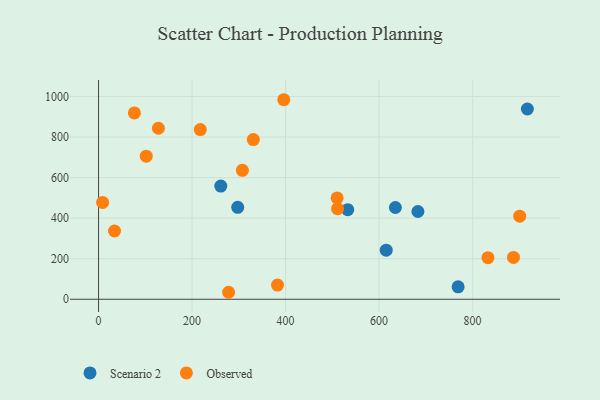
{"axis": {"x": "Speed", "y": "Rating"}, "legend": ["Observed", "Scenario 2"], "data": [{"x": "261.4", "y": 558.1, "type": "Scenario 2"}, {"x": "615.2", "y": 242.2, "type": "Scenario 2"}, {"x": "769.0", "y": 61.3, "type": "Scenario 2"}, {"x": "917.1", "y": 938.3, "type": "Scenario 2"}, {"x": "634.8", "y": 452.6, "type": "Scenario 2"}, {"x": "683.0", "y": 432.9, "type": "Scenario 2"}, {"x": "297.6", "y": 453.3, "type": "Scenario 2"}, {"x": "532.9", "y": 441.8, "type": "Scenario 2"}, {"x": "307.6", "y": 635.9, "type": "Observed"}, {"x": "278.1", "y": 34.4, "type": "Observed"}, {"x": "102.0", "y": 705.7, "type": "Observed"}, {"x": "382.7", "y": 69.7, "type": "Observed"}, {"x": "8.7", "y": 477.5, "type": "Observed"}, {"x": "510.2", "y": 500.0, "type": "Observed"}, {"x": "34.1", "y": 336.7, "type": "Observed"}, {"x": "217.6", "y": 836.8, "type": "Observed"}, {"x": "900.7", "y": 409.8, "type": "Observed"}, {"x": "76.6", "y": 919.1, "type": "Observed"}, {"x": "887.4", "y": 206.1, "type": "Observed"}, {"x": "331.0", "y": 787.4, "type": "Observed"}, {"x": "511.2", "y": 446.5, "type": "Observed"}, {"x": "396.2", "y": 984.1, "type": "Observed"}, {"x": "128.0", "y": 843.3, "type": "Observed"}, {"x": "832.8", "y": 205.3, "type": "Observed"}]}